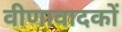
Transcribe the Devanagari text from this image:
वीणावादकों